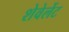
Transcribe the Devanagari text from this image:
शेवेर्लेट